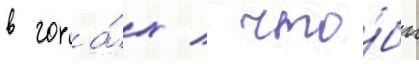
в гора́х / что́бы